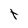
Character: t